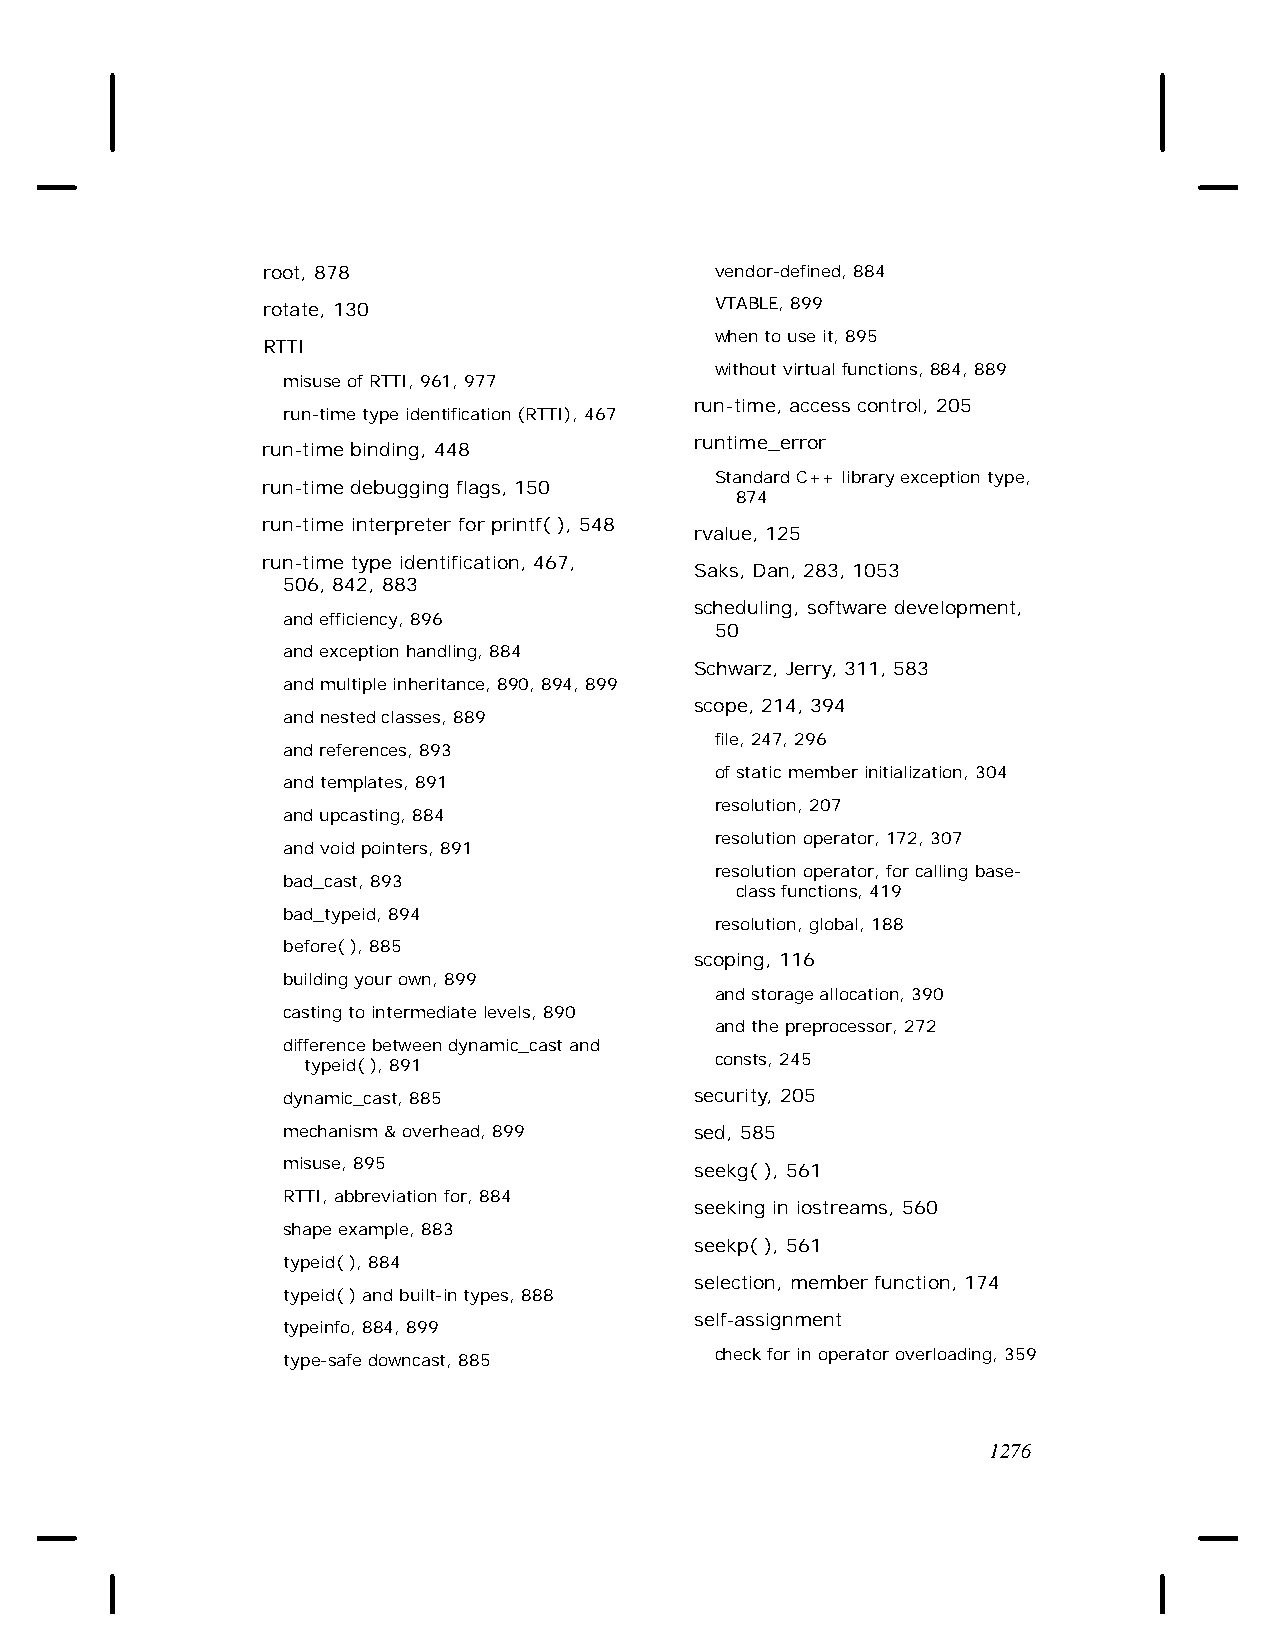
root, 878                     vendor-defined, 884
 rotate, 130                   VTABLE, 899
 when to use it, 895
 RTTI
 without virtual functions, 884, 889
 misuse of RTTI, 961, 977
 run-time, access control, 205
 run-time type identification (RTTI), 467
 runtime_error
 run-time binding, 448
 Standard C++ library exception type,
 run-time debugging flags, 150
 874
 run-time interpreter for printf( ), 548
 rvalue, 125
 run-time type identification, 467,
 Saks, Dan, 283, 1053
 506, 842, 883
 scheduling, software development,
 and efficiency, 896
 50
 and exception handling, 884
 Schwarz, Jerry, 311, 583
 and multiple inheritance, 890, 894, 899
 scope, 214, 394
 and nested classes, 889
 file, 247, 296
 and references, 893
 of static member initialization, 304
 and templates, 891
 resolution, 207
 and upcasting, 884
 resolution operator, 172, 307
 and void pointers, 891
 resolution operator, for calling base-
 bad_cast, 893
 class functions, 419
 bad_typeid, 894
 resolution, global, 188
 before( ), 885
 scoping, 116
 building your own, 899
 and storage allocation, 390
 casting to intermediate levels, 890
 and the preprocessor, 272
 difference between dynamic_cast and
 typeid( ), 891             consts, 245
 dynamic_cast, 885          security, 205
 mechanism & overhead, 899  sed, 585
 misuse, 895                seekg( ), 561
 RTTI, abbreviation for, 884
 seeking in iostreams, 560
 shape example, 883
 seekp( ), 561
 typeid( ), 884
 selection, member function, 174
 typeid( ) and built-in types, 888
 self-assignment
 typeinfo, 884, 899
 type-safe downcast, 885     check for in operator overloading, 359
 1276